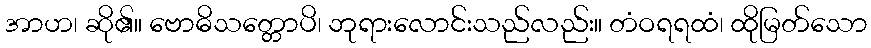
အာဟ၊ ဆို၏။ ဗောဓိသတ္တောပိ၊ ဘုရားလောင်းသည်လည်း။ တံဝရရထံ၊ ထိုမြတ်သော